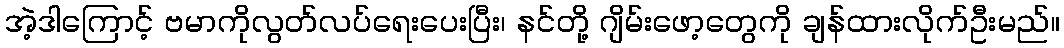
အဲ့ဒါကြောင့် ဗမာကိုလွတ်လပ်ရေးပေးပြီး၊ နင်တို့ ဂျိမ်းဖော့တွေကို ချန်ထားလိုက်ဦးမည်။